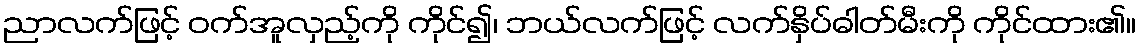
ညာလက်ဖြင့် ဝက်အူလှည့်ကို ကိုင်၍၊ ဘယ်လက်ဖြင့် လက်နှိပ်ဓါတ်မီးကို ကိုင်ထား၏။